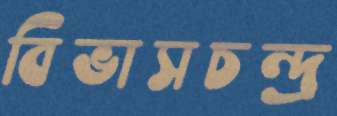
বিভাসচন্দ্র